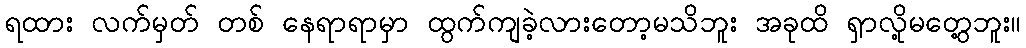
ရထား လက်မှတ် တစ် နေရာရာမှာ ထွက်ကျခဲ့လားတော့မသိဘူး အခုထိ ရှာလို့မတွေ့ဘူး။